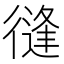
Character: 𢕝